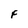
Character: F